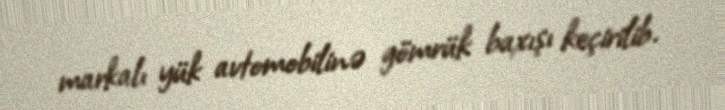
markalı yük avtomobilinə gömrük baxışı keçirilib.